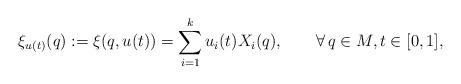
LaTeX: \begin{align*} \xi_{u(t)}(q):=\xi(q,u(t))=\sum_{i=1}^k u_i(t) X_i(q),\qquad\forall\, q\in M, t\in[0,1],\end{align*}